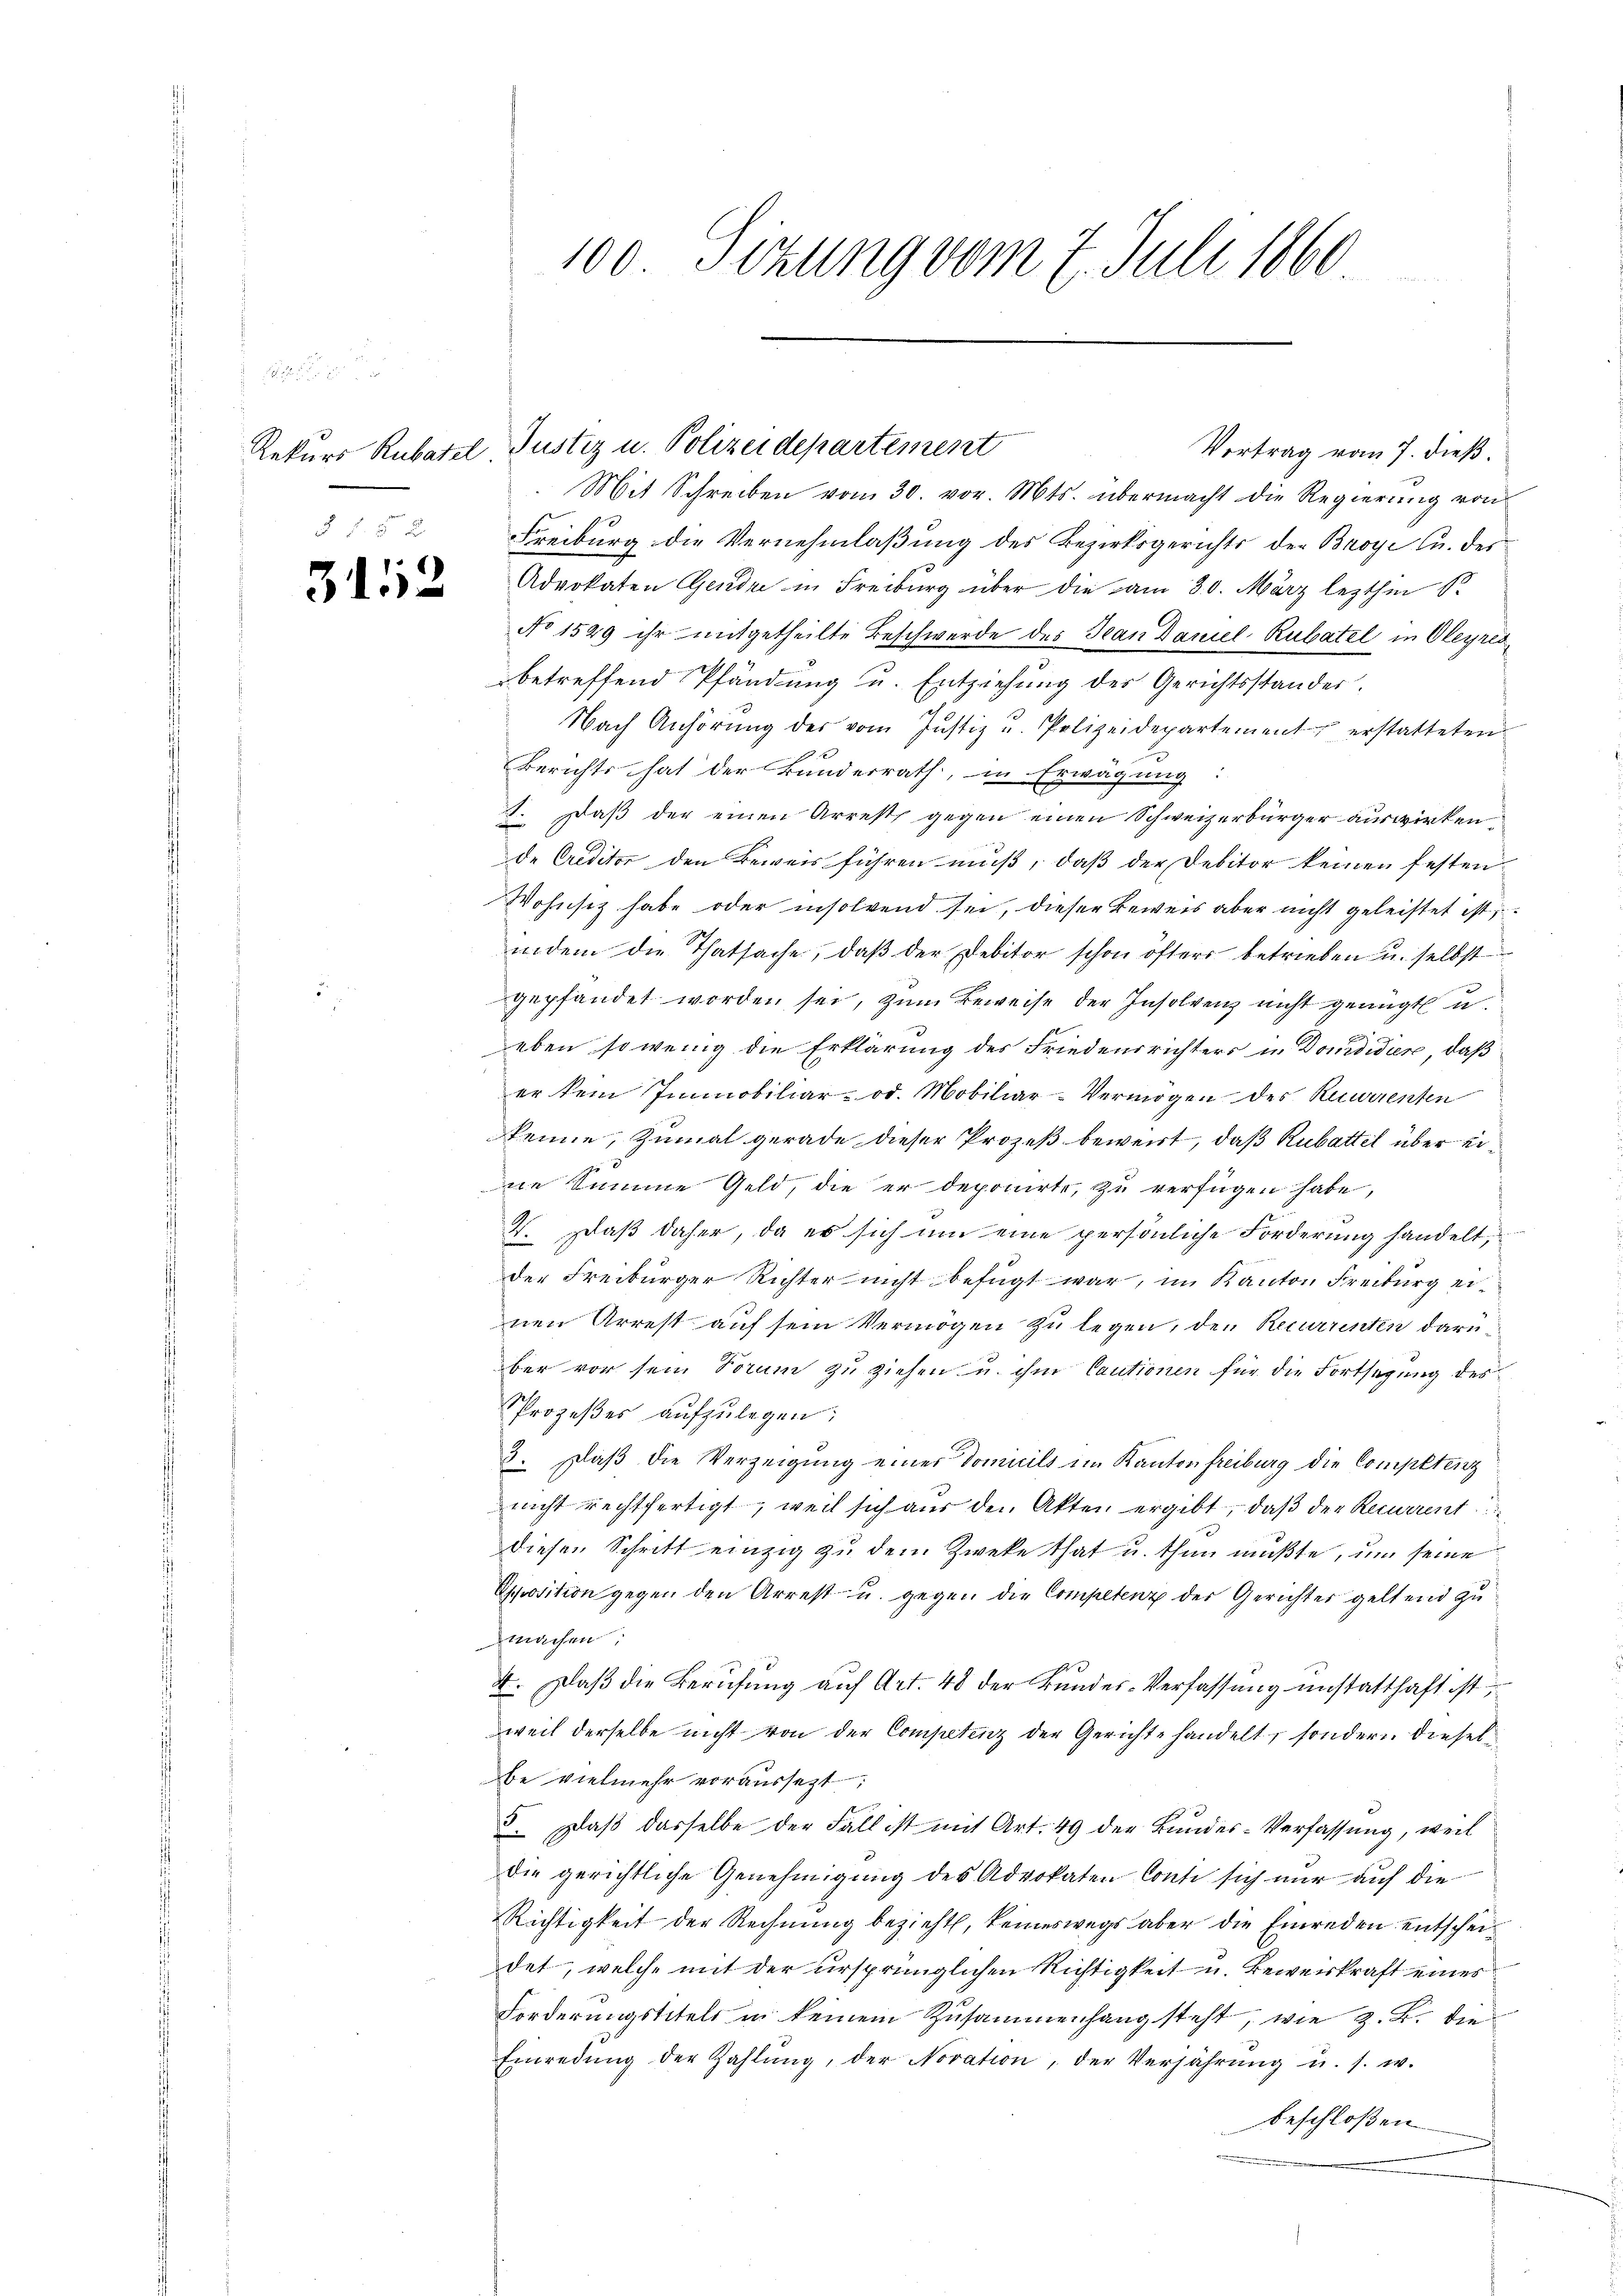
3152

100 Sizung vom 7. Juli 1860

Rekurs Rubatel, Justiz u. Polizeidepartement
Vertrag vom 7. dieß.
Mit Schreiben vom 30. vor. Mts. übermacht die Regierung von
Freiburg die Vernehmlaßung des Bezirksgerichts der Broye u. des
Advokaten Genda in Freiburg über die am 30. März lezthin
No 1529 ihr mitgetheilte Beschwerde des Jean Daniel-Rubatel in Oleyresbetreffend Pfändung u. Entziehung der Gerichtsstander.
Nach Anhörŭng des vom Justiz u. Polizeidepartement erstatteten
Berichts hat der Bunderrath, in Erwägung:
 Daß der einen Arrest gegen einen Schweizerbürger auswirkende Creditor den Beweis führen muß, daß der Debitor keinen festen
Wohnsitz habe oder insolvend sei, dieser Beweis aber nicht geleistet ist,
indem die Thatsache, daβ der Debitor schon öfters betrieben u. selbst
gepfandet worden sei, zum Beweise der Insolvenz nicht genügt u.
eben sowenig die Erklärung des Friedensrichters in Dondidiere, daß
er kein Immobiliar- od. Mobiliar-Vermögen des Recurrenten
enne, zumal gerade dieser Prozeß beweist, daß Rubattel über eine Summe Geld, die er deponirte, zu verfügen habe,
V. Daß daher, da es sich um eine persönliche Forderung handelt,
der Freiburger Richter nicht befügt war, im Kanton Freiburg ernen Arrest auf sein Vermögen zu legen, den Recurrenten darüber vor sein Forum zu ziehen u. ihm Cautionen für die Fortsezung des
Prozeßes aufzulegen:
3. Daß die Verzeigung einer Domicils im Kanton freiburg die Competenz
nicht rechtfertigt, weil sich aus den Akten ergibt, daß der Recurrent
diesen Schritt einzig zu dem Zweke that u. thun mußte, um seine
Esposition gegen den Arrest- u. gegen die Competenz der Gerichter geltend zu
machen
E
4. Daß die Berufung auf Art. 48 der Bundes-Verfassung unstatthaft ist,
weil derselbe nicht von der Competenz der Gerichte handelt, sondern dieselbe vielmehr voraussetzt:
Daß dasselbe der Fall ist mit Art. 49 der Bundes-Verfassung, weil
die gerichtliche Genehmigung des Advokaten Conte sich nur auf die
Richtigkeit der Rechnung bezieht, keineswegs aber die Einreden entscheidet, welche mit der ursprünglichen Richtigkeit u. Beweiskraft eines
Forderungstitels in keinem Zusammenhang steht, wie z. B. die
Einredŭng der Zahlŭng, der Novation, der Verjährŭng u. s. w.
beschloßen.
r